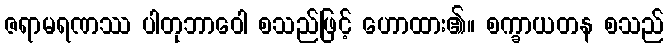
ဇရာမရဏဿ ပါတုဘာဝေါ စသည်ဖြင့် ဟောထား၏။ စက္ခာယတန စသည်